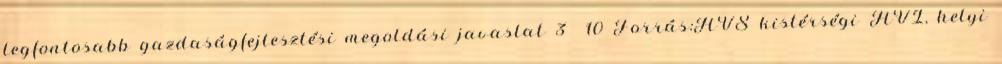
legfontosabb gazdaságfejlesztési megoldási javaslat 3 10 Forrás:HVS kistérségi HVI, helyi